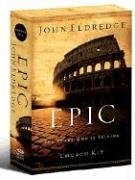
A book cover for Epic Church Kit; John Eldredge; Christian Books & Bibles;